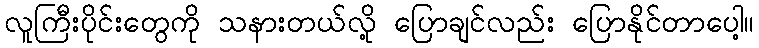
လူကြီးပိုင်းတွေကို သနားတယ်လို့ ပြောချင်လည်း ပြောနိုင်တာပေါ့။